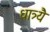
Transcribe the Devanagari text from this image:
धात्र्यै